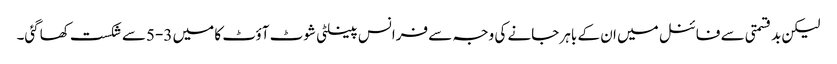
لیکن بدقسمتی سے فائنل میں ان کے باہر جانے کی وجہ سے فرانس پینلٹی شوٹ آؤٹ کا میں 3-5سے شکست کھاگئی۔